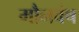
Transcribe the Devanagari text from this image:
मौनवंष